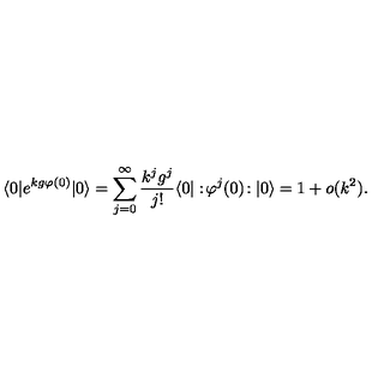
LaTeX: \langle 0 | e ^ { k g \varphi ( 0 ) } | 0 \rangle = \sum _ { j = 0 } ^ { \infty } \frac { k ^ { j } g ^ { j } } { j ! } \langle 0 | : \! \varphi ^ { j } ( 0 ) \! : | 0 \rangle = 1 + o ( k ^ { 2 } ) .